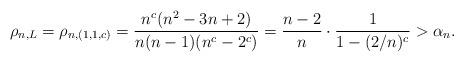
LaTeX: \begin{align*}\rho_{n,L}=\rho_{n,(1,1,c)}=\frac{n^c(n^{2}-3n+2)}{n(n-1)(n^c-2^c)}=\frac{n-2}{n}\cdot\frac{1}{1-(2/n)^c}>\alpha_n.\end{align*}